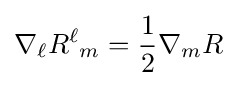
\nabla _{\ell }R^{\ell }{}_{m}={1 \over 2}\nabla _{m}R